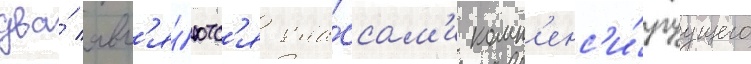
два́ явл'я́ютс'я кла́ссам'и комп'енс'и́руущего